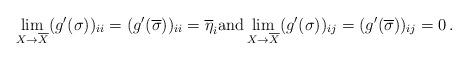
LaTeX: \begin{align*}\lim_{X\to \overline{X}}(g'(\sigma))_{ii}=(g'(\overline{\sigma}))_{ii}=\overline{\eta}_{i}{\rm and} \lim_{X\to \overline{X}}(g'(\sigma))_{ij}=(g'(\overline{\sigma}))_{ij}= 0\,.\end{align*}